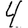
Digit: 4